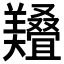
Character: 𱻔